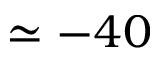
\simeq - 4 0